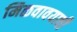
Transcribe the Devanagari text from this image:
मिळवावयाची